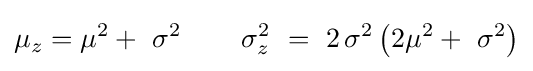
\mu _{z}=\mu ^{2}+\,\,\sigma ^{2}\,\,\,\,\,\,\,\,\,\,\,\,\,\sigma _{z}^{2}\,\,=\,\,2\,\sigma ^{2}\left({2\mu ^{2}+\,\,\sigma ^{2}}\right)